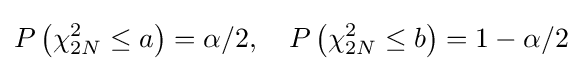
P\left(\chi _{2N}^{2}\leq a\right)=\alpha /2,\quad P\left(\chi _{2N}^{2}\leq b\right)=1-\alpha /2